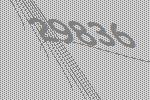
29836